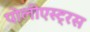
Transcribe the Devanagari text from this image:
पोलीएस्ट्रस